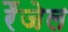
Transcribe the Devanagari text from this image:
रैंजेल